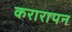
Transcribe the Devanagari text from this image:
करारापन